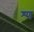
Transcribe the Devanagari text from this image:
श्ण